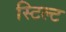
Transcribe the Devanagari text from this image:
स्टिल्ट